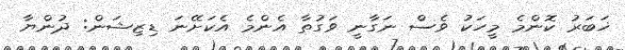
ޚަބަރު ކޮންމެ މީހަކު ވެސް ނަގާނީ ވަގުތާ އެންމެ އެކަށޭނަ ޑިޒިޝަން: ދުންޔާ